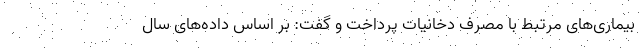
بیماری‌های مرتبط با مصرف دخانیات پرداخت و گفت: بر اساس داده‌های سال